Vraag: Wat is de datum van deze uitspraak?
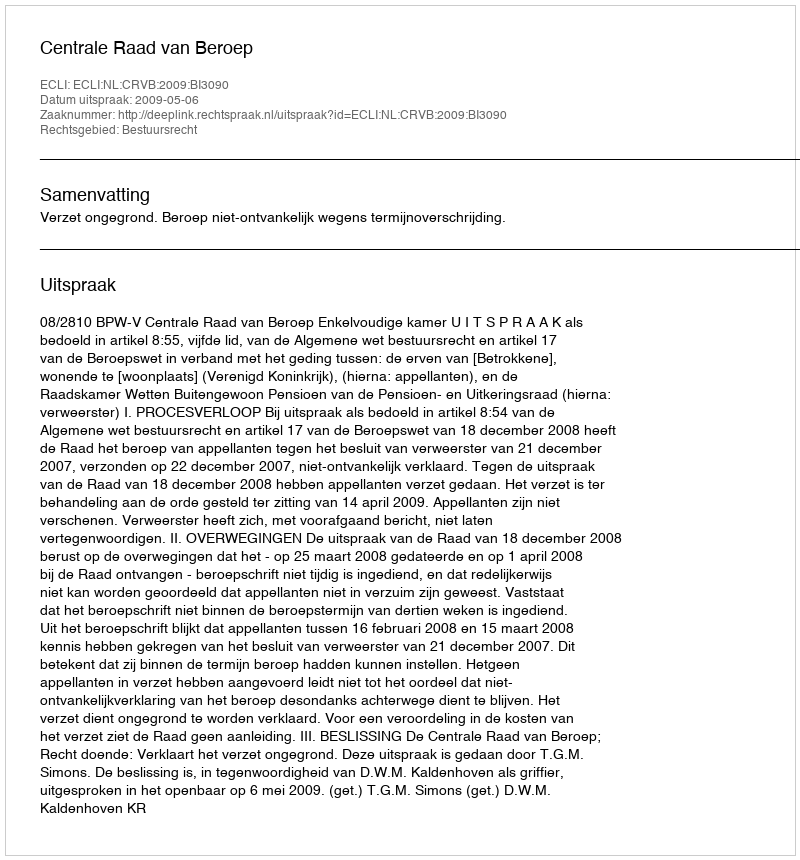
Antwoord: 2009-05-06